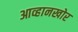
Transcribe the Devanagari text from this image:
आव्हानखोर